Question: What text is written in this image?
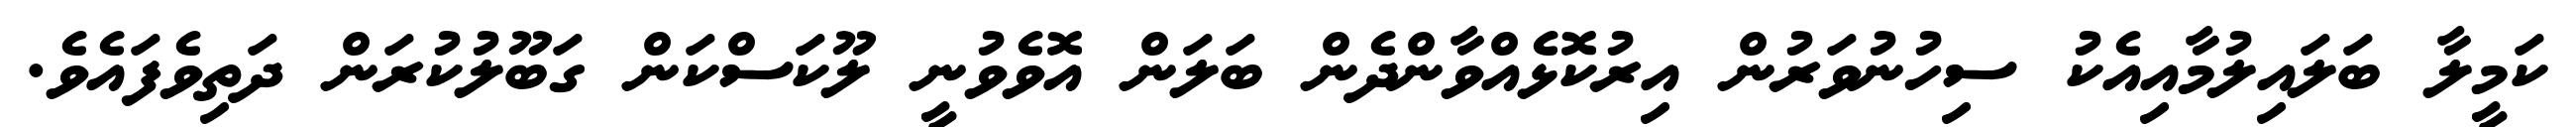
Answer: ކަމީލާ ބަލައިލުމާއިއެކު ސިހުނުވަރުން އިރުކޮޅެއްވާންދެން ބަލަން އޮވެވުނީ ލޫކަސްކަން ގަބޫލުކުރަން ދަތިވެފައެވެ.